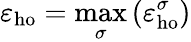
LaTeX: \varepsilon_{\mathrm{ho}}=\operatorname*{max}_{\sigma}\left(\varepsilon_{\mathrm{ho}}^{\sigma}\right)